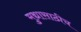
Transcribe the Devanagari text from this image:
मुद्यासाठीच